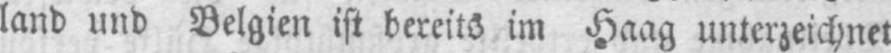
land und Belgien ist bereits im Haag unterzeichnet